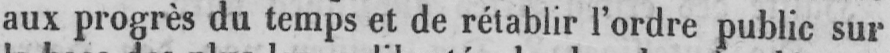
aux progrès du temps et de rétablir l’ordre public sur